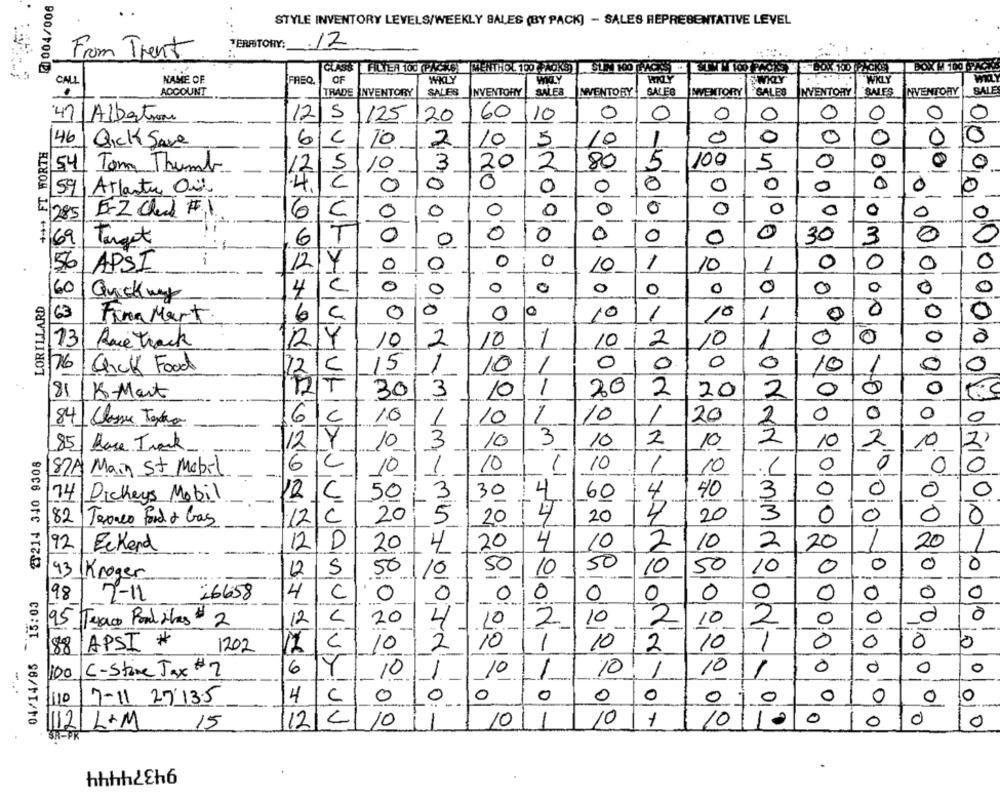
STYLE INVENTORY LEVELS/WEEKLY SALES (BY PACK) - SALES REPRESENTATIVE LEVEL
ERRSTORY:
.17
From Trent
900/100
GLASS |FILTER 100 PACKS MENTHOL 100 PACKS] SL TO PICS DE TIO) KOK YBOX10 A)
CALL
NAME OF
FREQ
OF
WKLY
WKLY
SWKIY
WKLY
ACCOUNT
TRADE INVENTORY
SALES
INVENTORY
SALES
INVENTORY
SALES
MENTORY
SALES
INVENTORY
SALES
INVENTORY
SALE
47/Albertson
12
5
125
20
60
10
0
0
0
0
O
0
O
0
46
Qick Save
6
C
10
2
10
5
10
0
0
0
0
100
0
5 54 Tom Thumb
12
5
10
3
20
2
80
5
5
0
0
4
0
2 59 Atlastu Oil
4C
0
0
O
0
0
0
0
0
0
---
-
0
[ 285 5-2 Ched #
6
C
0
0
0
0
0
0
0
0
0
0
0
6
T
0
0
0
0
0
0
30
3
0
69 Target
0
i
0
0
0
0
0
56| APSI
124
0
0
10
1
10
1
0
0
0
0
0
o
0
0
0
160
4
0
0
0
Quickwy
0
8/63
Fina Mart
6
C
0
0
10
1
10
1
0
373 Race track
RY
12
Y
10
2
10
1
10
2
10
1
0
0
0
15
1
10
1
0
0
0
0
10
1
0
0
576 Chick Food
12
1
20
2
0
0
81/15-Mart
30/3
10
201
2
1
0
0
0
84 Classe Taxa
6C
10
1
10
10
1
20
2
0
3
2
85 Hace Irock
112
Y
10
3
10
10
2
10
10
2
10
2214 340 9308
182A Main St Mobil
6
C
10
1
10
1
10
1
10
0
0
0
-
3
30
4
60
40
3
0
0
0
0
74 Dickeys Mobil
12C
50
4
12/C
20
5
20
4
20
20
3
0
0
0
0
82 Texaco Food & Gas
92 Eckend
12/D
20
4
20
4
10
2
10
2
20
20
1
50
0
0
0
0
93 Kroger
12
5
50
10
1
50
10
10
50
10
-
04/14/95 15:03
98
7-11
26658
4
C
0
0
0
0
0
0
0
0
0
0
0
0
-
-
10
12
20
4
10
10
2
10
2
0
0
95 Texaco Poul has $ 2
.-
2
-
-
88 APSI #
C
10
2
10
1
10
2
10
0
0
0
1202
17
C-Store Jax #2
6
Y
-
10
10
0
0
0
100
10
10
0
0
0
0
7-11 2713.5
4
C
0
0
0
0
0
0
0
0
12 L.M
15
12/2/ 10
10
1
10
10 10
0
10
0
94374444
.